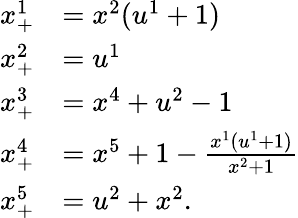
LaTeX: \begin{array}{rl}{x_{+}^{1}}&{=x^{2}(u^{1}+1)}\\ {x_{+}^{2}}&{=u^{1}}\\ {x_{+}^{3}}&{=x^{4}+u^{2}-1}\\ {x_{+}^{4}}&{=x^{5}+1-\frac{x^{1}(u^{1}+1)}{x^{2}+1}}\\ {x_{+}^{5}}&{=u^{2}+x^{2}.}\end{array}